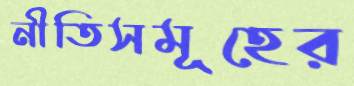
নীতিসমূহের